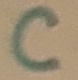
Text: C